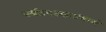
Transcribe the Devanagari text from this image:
पर्यटनस्थळांमध्ये